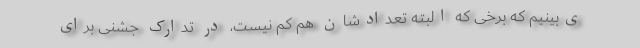
ی‌بینیم که برخی که البته تعدادشان هم کم نیست، در تدارک جشنی برای